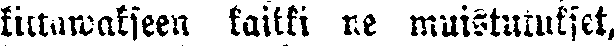
kittawakseen kaikki ne muistutukset